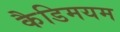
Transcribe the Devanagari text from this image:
कैडिमयम